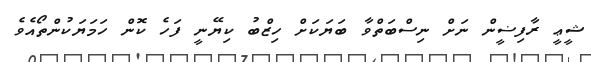
ޝީޢީ ރާފިޟީން ނަށް ނިސްބަތްވާ ބަޔަކަށް ހިޒްބު ކިޔޭނީ ފަހެ ކޮން ހަމަޔަކުންތޯއެވެ